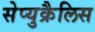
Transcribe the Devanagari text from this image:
सेप्युक्रैलिस